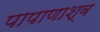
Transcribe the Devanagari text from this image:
पापाणाश्व